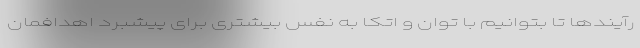
رآیند‌ها تا بتوانیم با توان و اتکا به نفس بیشتری برای پیشبرد اهدافمان